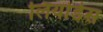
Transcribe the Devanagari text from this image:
लियोर्डस